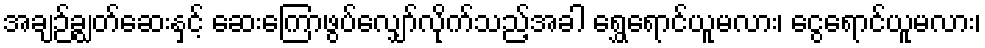
အချဉ်ချွတ်ဆေးနှင့် ဆေးကြောဖွပ်လျှော်လိုက်သည့်အခါ ရွှေရောင်ယူမလား၊ ငွေရောင်ယူမလား၊